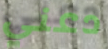
دعني